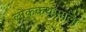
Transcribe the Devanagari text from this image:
लोककथामाला